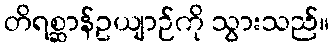
တိရစ္ဆာန်ဥယျာဉ်ကို သွားသည်။